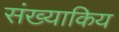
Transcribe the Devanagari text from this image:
संख्याकिय